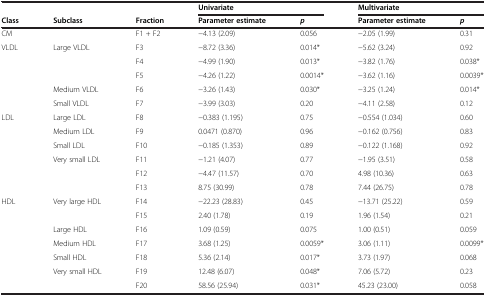
<table><thead><tr><td><b> </b></td><td><b> </b></td><td><b> </b></td><td colspan="2"><b>Univariate</b></td><td colspan="2"><b>Multivariate</b></td></tr><tr><td><b>Class</b></td><td><b>Subclass</b></td><td><b>Fraction</b></td><td><b>Parameter estimate</b></td><td><b><i>p</i></b></td><td><b>Parameter estimate</b></td><td><b><i>p</i></b></td></tr></thead><tbody><tr><td>CM</td><td> </td><td>F1 + F2</td><td>-4.13 (2.09)</td><td>0.056</td><td>-2.05 (1.99)</td><td>0.31</td></tr><tr><td>VLDL</td><td>Large VLDL</td><td>F3</td><td>-8.72 (3.36)</td><td>0.014*</td><td>-5.62 (3.24)</td><td>0.92</td></tr><tr><td> </td><td> </td><td>F4</td><td>-4.99 (1.90)</td><td>0.013*</td><td>-3.82 (1.76)</td><td>0.038*</td></tr><tr><td> </td><td> </td><td>F5</td><td>-4.26 (1.22)</td><td>0.0014*</td><td>-3.62 (1.16)</td><td>0.0039*</td></tr><tr><td> </td><td>Medium VLDL</td><td>F6</td><td>-3.26 (1.43)</td><td>0.030*</td><td>-3.25 (1.24)</td><td>0.014*</td></tr><tr><td> </td><td>Small VLDL</td><td>F7</td><td>-3.99 (3.03)</td><td>0.20</td><td>-4.11 (2.58)</td><td>0.12</td></tr><tr><td>LDL</td><td>Large LDL</td><td>F8</td><td>-0.383 (1.195)</td><td>0.75</td><td>-0.554 (1.034)</td><td>0.60</td></tr><tr><td> </td><td>Medium LDL</td><td>F9</td><td>0.0471 (0.870)</td><td>0.96</td><td>-0.162 (0.756)</td><td>0.83</td></tr><tr><td> </td><td>Small LDL</td><td>F10</td><td>-0.185 (1.353)</td><td>0.89</td><td>-0.122 (1.168)</td><td>0.92</td></tr><tr><td> </td><td>Very small LDL</td><td>F11</td><td>-1.21 (4.07)</td><td>0.77</td><td>-1.95 (3.51)</td><td>0.58</td></tr><tr><td> </td><td> </td><td>F12</td><td>-4.47 (11.57)</td><td>0.70</td><td>4.98 (10.36)</td><td>0.63</td></tr><tr><td> </td><td> </td><td>F13</td><td>8.75 (30.99)</td><td>0.78</td><td>7.44 (26.75)</td><td>0.78</td></tr><tr><td>HDL</td><td>Very large HDL</td><td>F14</td><td>-22.23 (28.83)</td><td>0.45</td><td>-13.71 (25.22)</td><td>0.59</td></tr><tr><td> </td><td> </td><td>F15</td><td>2.40 (1.78)</td><td>0.19</td><td>1.96 (1.54)</td><td>0.21</td></tr><tr><td> </td><td>Large HDL</td><td>F16</td><td>1.09 (0.59)</td><td>0.075</td><td>1.00 (0.51)</td><td>0.059</td></tr><tr><td> </td><td>Medium HDL</td><td>F17</td><td>3.68 (1.25)</td><td>0.0059*</td><td>3.06 (1.11)</td><td>0.0099*</td></tr><tr><td> </td><td>Small HDL</td><td>F18</td><td>5.36 (2.14)</td><td>0.017*</td><td>3.73 (1.97)</td><td>0.068</td></tr><tr><td> </td><td>Very small HDL</td><td>F19</td><td>12.48 (6.07)</td><td>0.048*</td><td>7.06 (5.72)</td><td>0.23</td></tr><tr><td> </td><td> </td><td>F20</td><td>58.56 (25.94)</td><td>0.031*</td><td>45.23 (23.00)</td><td>0.058</td></tr></tbody></table>